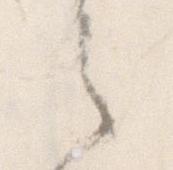
之